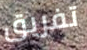
تفريق